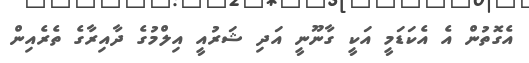
އެގޮތުން އެ އެކަޑަމީ އަކީ ގާނޫނީ އަދި ޝަރުއީ އިލްމުގެ ދާއިރާގެ ތެރެއިން